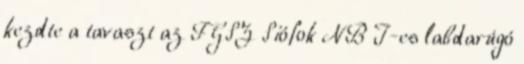
kezdte a tavaszt az FGSZ Siófok NB I-es labdarúgó